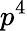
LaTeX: p^{4}